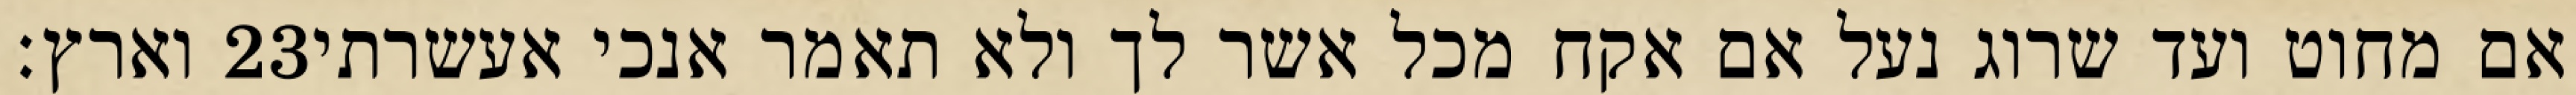
וארץ׃ ‎23‏ אם מחוט ועד שרוג נעל אם אקח מכל אשר לך ולא תאמר אנכי אעשרתי